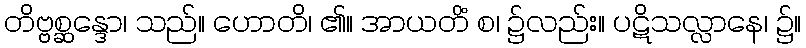
တိဗ္ဗစ္ဆန္ဒော၊ သည်။ ဟောတိ၊ ၏။ အာယတိံ စ၊ ၌လည်း။ ပဋိသလ္လာနေ၊ ၌။